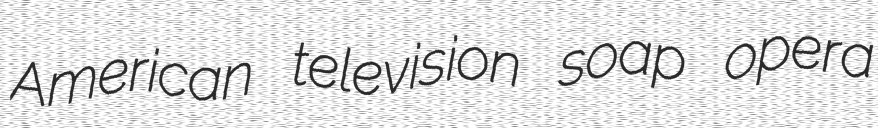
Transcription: American television soap opera